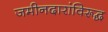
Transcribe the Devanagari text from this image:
जमीनदारांविरूद्घ